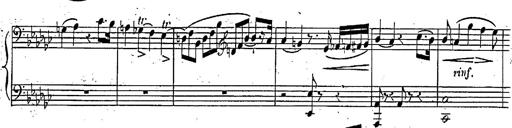
Title: Marche et Cavatine de Lucie de Lammermoor, S.398
Composer: Franz Liszt